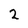
Character: 2